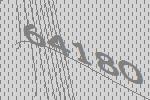
64180